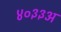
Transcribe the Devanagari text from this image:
४०३३अ